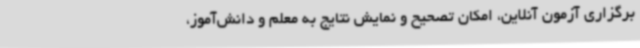
برگزاری آزمون آنلاین، امکان تصحیح و نمایش نتایج به معلم و دانش‌آموز،